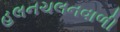
હલનચલનવાળી